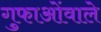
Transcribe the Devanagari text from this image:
गुफाओंवाले